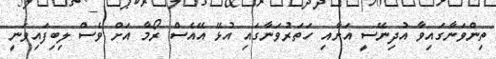
ތިންވަނާގައިވާ އުދިނޭސީ އަށާއި ހަތަރުވަނާގައި އުޅޭ އޭއެސް ރޯމާ އަށް ވެސް ލިބިފައިވަނީ